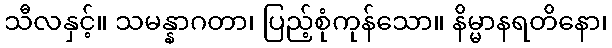
သီလနှင့်။ သမန္နာဂတာ၊ ပြည့်စုံကုန်သော။ နိမ္မာနရတိနော၊